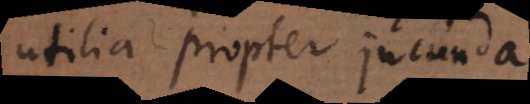
utilia propter jucunda